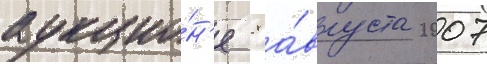
аукцио́н'е 8 а́вгуста 2007